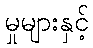
မှုများနှင့်